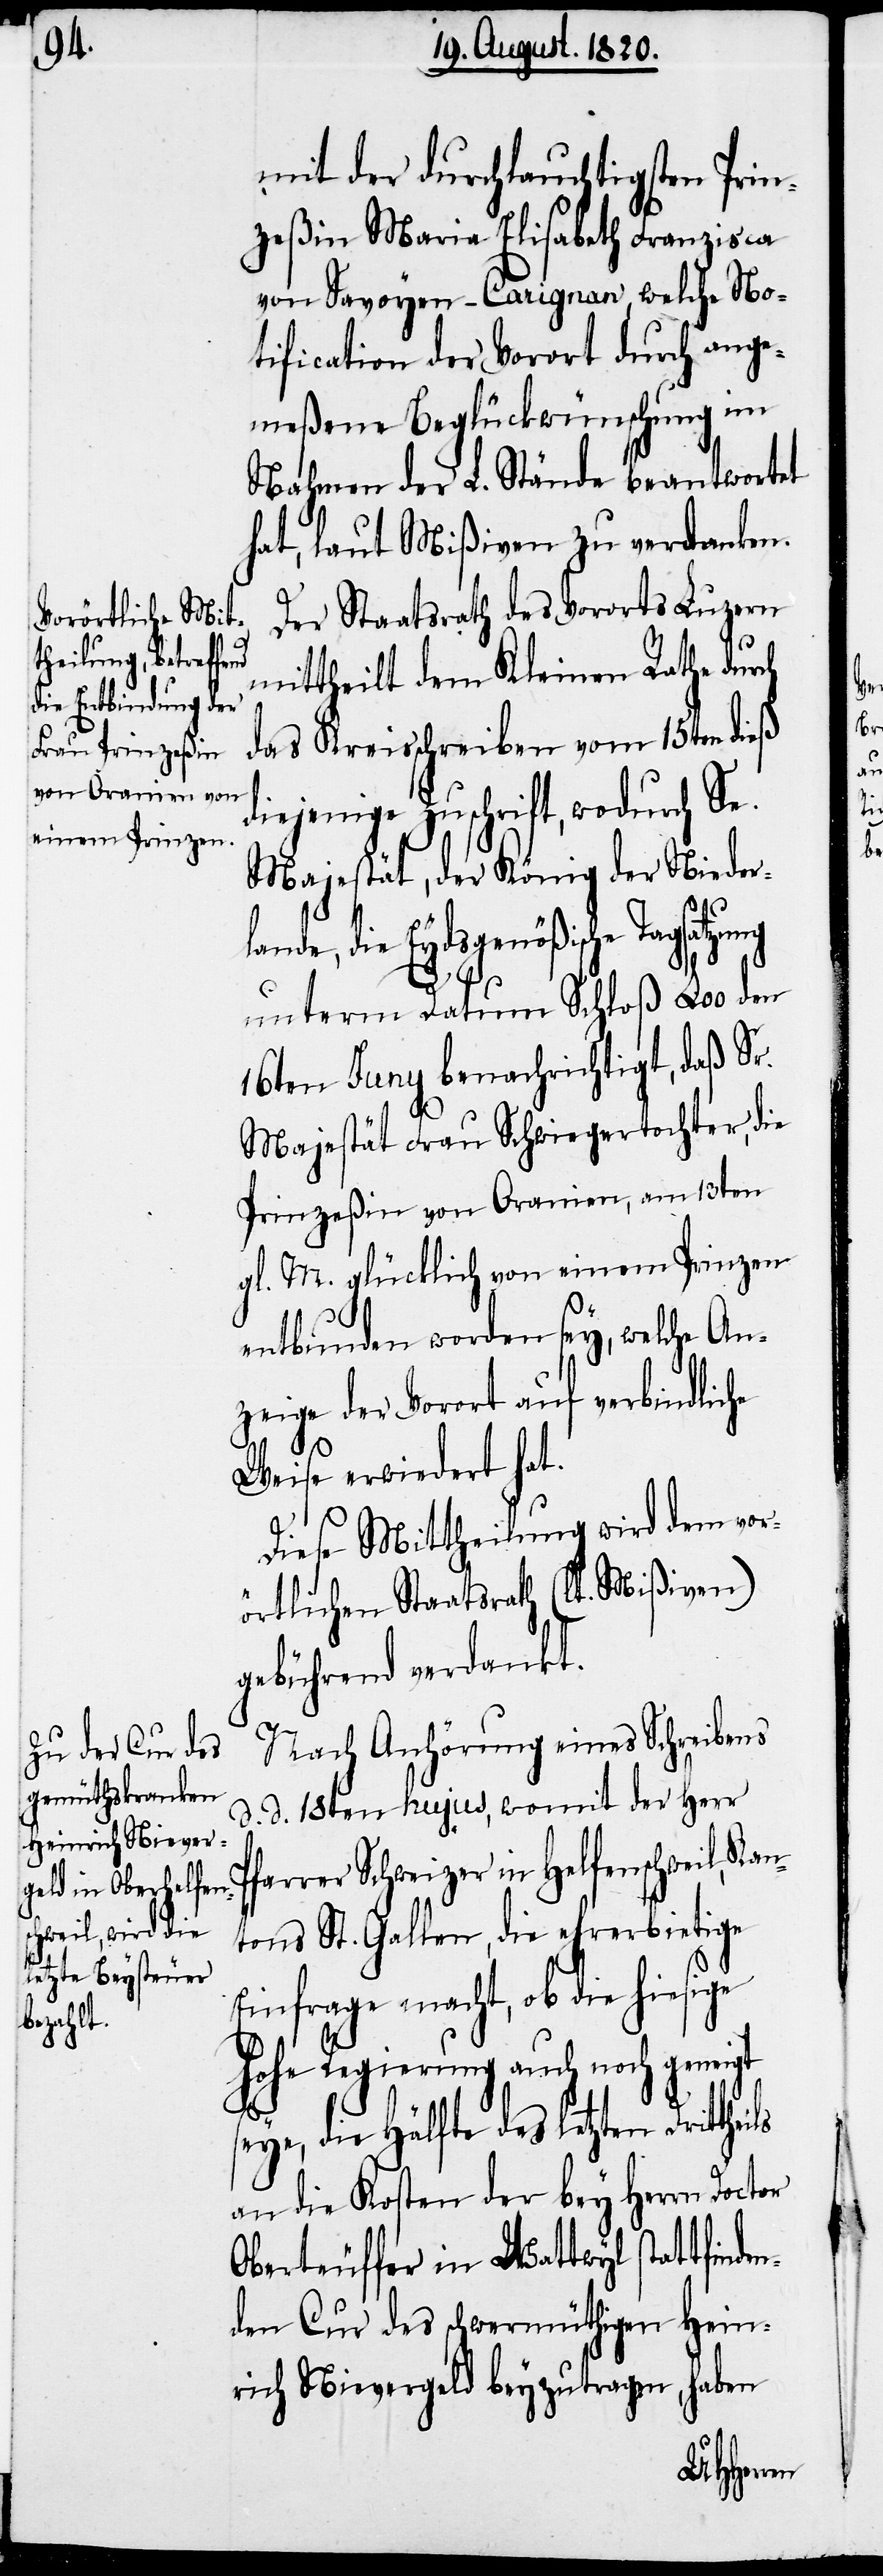
mit der durchlauchtigsten Prin¬
zeßin Maria Elisabeth Franzisca
von Savoyen-Carignan, welche No¬
tification der Vorort durch ange¬
meßene Beglückwünschung im
Nahmen der L. Stände beantwortet
hat, laut Mißiven zu verdanken.
Der Staatsrath des Vororts Luzern
mittheilt dem Kleinen Rathe dur¬
das Kreisschreiben vom 15ten dieß
diejenige Zuschrift, wodurch Se.
Majestät, der König der Nieder¬
ch
lande, die Eydsgenößische Tagsatzung
ige
unterm Datum Schloß Loo den
16ten Juny benachrichtigt, daß Se.
Majestät Frau Schwiegertochter, die
Prinzeßin von Oranien, am 13ten
d. M. glücklich von einem Prinzen
entbunden worden sey, welche An¬
zeige der Vorort auf verbindliche
Weise erwiedert hat.
Diese Mittheilung wird dem vor¬
örtlichen Staatsrath (lt. Mißiven)
gebührend verdankt.
Nach Anhörung eines Schreibens
d. d. 18ten hujus, womit der Herr
Pfarrer Schweizer in Helfenschweil, Kan¬
tons St. Gallen, die ehrerbietige
Einfrage macht, ob die hies¬
hohe Regierung auch noch geneigt
seye, die Hälfte des letzten Drit¬
an die Kosten der bey Herrn Doctor
Oberteuffer in Wattwyl stattfinde¬
nden Cur des schwermüthigen Hein¬
haben
rich Nievergeld beyzutragen,
theils